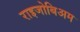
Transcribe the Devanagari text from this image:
राइजोबिअम